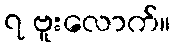
၇ ဗူးလောက်။